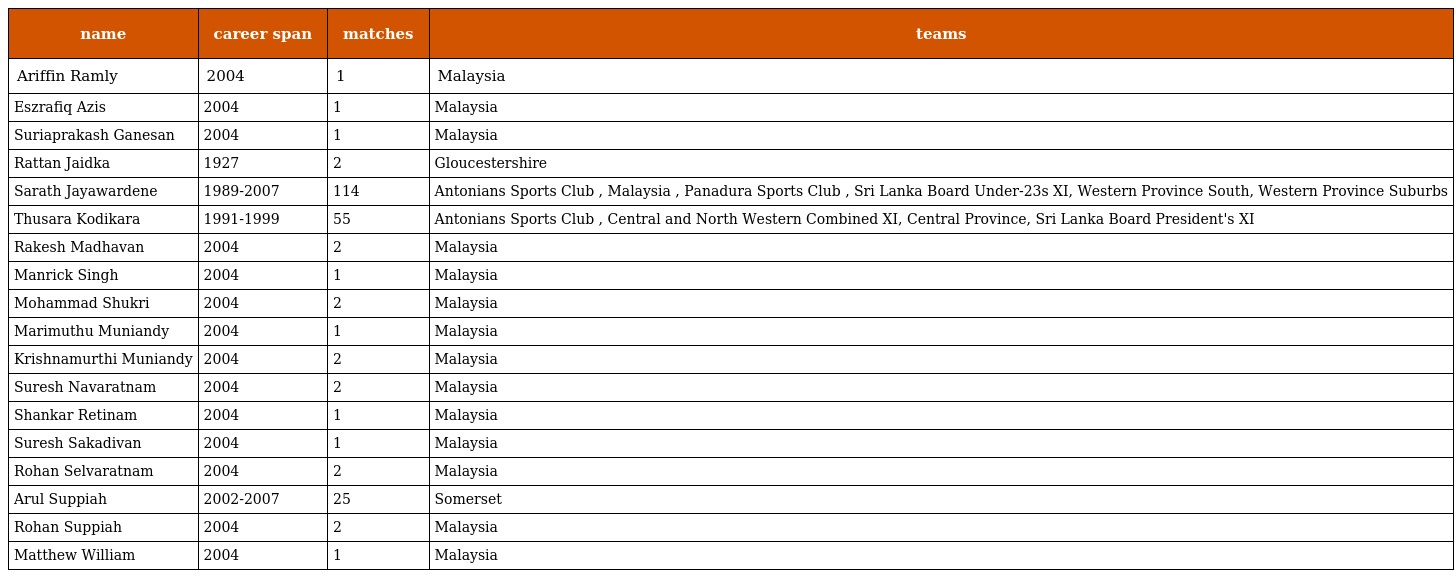
| name | career span | matches | teams |
 | --- | --- | --- | --- |
 | Ariffin Ramly | 2004 | 1 | Malaysia |
 | Eszrafiq Azis | 2004 | 1 | Malaysia |
 | Suriaprakash Ganesan | 2004 | 1 | Malaysia |
 | Rattan Jaidka | 1927 | 2 | Gloucestershire |
 | Sarath Jayawardene | 1989-2007 | 114 | Antonians Sports Club , Malaysia , Panadura Sports Club , Sri Lanka Board Under-23s XI, Western Province South, Western Province Suburbs |
 | Thusara Kodikara | 1991-1999 | 55 | Antonians Sports Club , Central and North Western Combined XI, Central Province, Sri Lanka Board President's XI |
 | Rakesh Madhavan | 2004 | 2 | Malaysia |
 | Manrick Singh | 2004 | 1 | Malaysia |
 | Mohammad Shukri | 2004 | 2 | Malaysia |
 | Marimuthu Muniandy | 2004 | 1 | Malaysia |
 | Krishnamurthi Muniandy | 2004 | 2 | Malaysia |
 | Suresh Navaratnam | 2004 | 2 | Malaysia |
 | Shankar Retinam | 2004 | 1 | Malaysia |
 | Suresh Sakadivan | 2004 | 1 | Malaysia |
 | Rohan Selvaratnam | 2004 | 2 | Malaysia |
 | Arul Suppiah | 2002-2007 | 25 | Somerset |
 | Rohan Suppiah | 2004 | 2 | Malaysia |
 | Matthew William | 2004 | 1 | Malaysia |